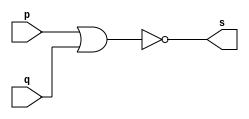
// ---------------------
// Guia 02_05 - NAND
// Nome: Heitor Terozendi
// ---------------------

// ---------------------
// -- nor gate
// ---------------------

module norgate (s, p, q);
 output s;
 input  p, q;
 
 assign s = ~( p | q);

endmodule // norgate

// ---------------------
// -- nand gate with nor
// ---------------------

module nandgate (s0, p, q);
 output s0;
 wire s1, s2 ,s3;
 input  p, q;
 
 norgate NOR1 (s1,p,p);
 norgate NOR2 (s2,q,q);
 norgate NOR3 (s3,s1,s2);
 norgate NOR4 (s0,s3,s3);
 
endmodule // nandgate

// ---------------------
// -- test nand gate with nor
// ---------------------

module testnandgate;
 reg   a, b;
 wire  s;
          // instancia
 nandgate NAND1 (s, a, b);
 
  initial begin:start
      a=0; b=0;
 end
 
          // parte principal
 initial begin
      $display("Guia 02_05 - Heitor Terozendi - 396698");
      $display("Test NAND gate");
      $display("\n~(a & b) = s\n");
      $monitor("~(%b & %b) = %b", a, b, s);
		
  #1  a=0; b=1;
  
  #1  a=1; b=0;
  
  #1  a=1; b=1;
  
 end

endmodule // testnandgate